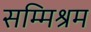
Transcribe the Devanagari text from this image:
सम्मिश्रम